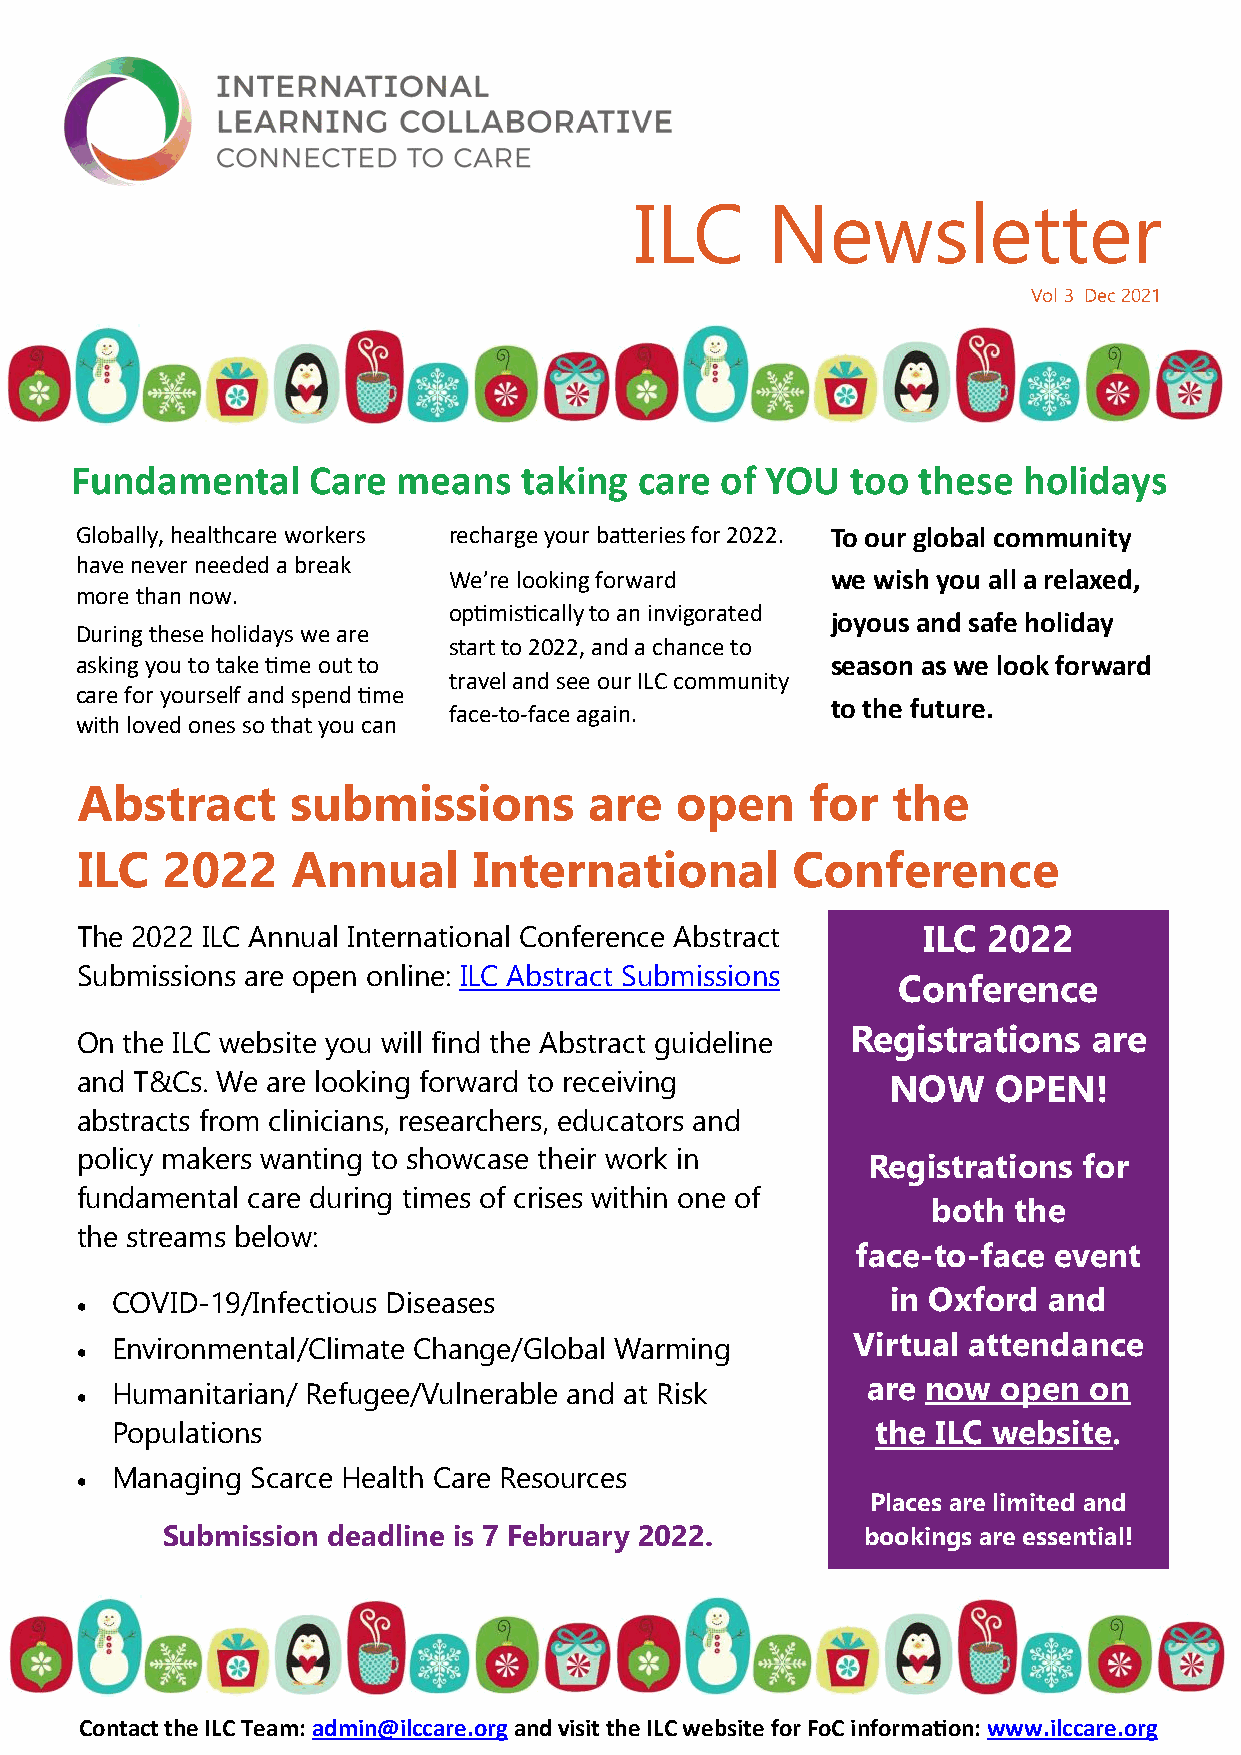
ILC      Newsletter
 Vol 3 Dec 2021
 Fundamental    Care  means   taking  care  of YOU  too  these  holidays
 Globally, healthcare workers recharge your batteries for 2022. To our global community
 have never needed a break
 We’re looking forward    we wish you all a relaxed,
 more than now.
 optimistically to an invigorated
 joyous and safe holiday
 During these holidays we are
 start to 2022, and a chance to
 asking you to take time out to                    season as we look forward
 travel and see our ILC community
 care for yourself and spend time
 to the future.
 face-to-face again.
 with loved ones so that you can
 Abstract      submissions         are   open     for  the
 ILC   2022    Annual      International        Conference
 The 2022 ILC Annual International Conference Abstract   ILC 2022
 Submissions are open online: ILC Abstract Submissions
 Conference
 Registrations   are
 On the ILC website you will find the Abstract guideline
 and T&Cs. We are looking forward to receiving         NOW    OPEN!
 abstracts from clinicians, researchers, educators and
 policy makers wanting to showcase their work in     Registrations  for
 fundamental care during times of crises within one of
 both the
 the streams below:
 face-to-face event
 COVID-19/Infectious Diseases                        in Oxford and
 
 Environmental/Climate Change/Global Warming      Virtual attendance
 
 are now  open  on
 Humanitarian/ Refugee/Vulnerable and at Risk
 
 Populations                                        the ILC website.
 Managing  Scarce Health Care Resources
 
 Places are limited and
 Submission deadline is 7 February 2022.       bookings are essential!
 Contact the ILC Team: admin@ilccare.org and visit the ILC website for FoC information: www.ilccare.org